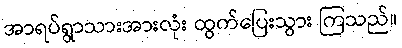
အာရပ်ရွာသားအားလုံး ထွက်ပြေးသွား ကြသည်။